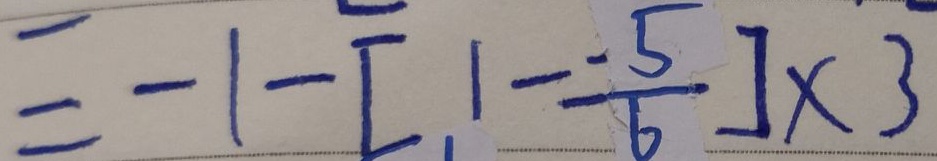
= - 1 - [ 1 - \frac { - 5 } { 6 } ] \times 3